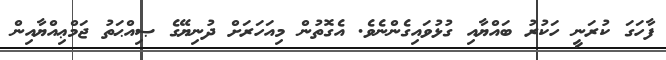
ފާހަގަ ކުރަނީ ހަކުރު ބައްޔާއި ގުޅުވައިގެންނެވެ. އެގޮތުން މިއަހަރަށް ދުނިޔޭގެ ޞިއްޙަތު ޖަމްޢިއްޔާއިން